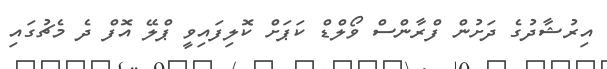
އިރުޝާދުގެ ދަށުން ފްރާންސް ވޯލްޑް ކަޕަށް ކޮލިފައިވީ ޕްލޭ އޮފް ދެ މެޗުގައި